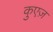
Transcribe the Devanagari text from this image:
कुएज़